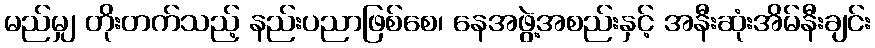
မည်မျှ တိုးတက်သည့် နည်းပညာဖြစ်စေ၊ နေအဖွဲ့အစည်းနှင့် အနီးဆုံးအိမ်နီးချင်း